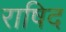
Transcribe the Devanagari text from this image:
राषिद